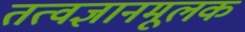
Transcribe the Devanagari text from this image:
तत्वज्ञानमूलक